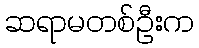
ဆရာမတစ်ဦးက